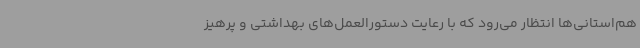
هم‌استانی‌ها انتظار می‌رود که با رعایت دستورالعمل‌های بهداشتی و پرهیز